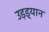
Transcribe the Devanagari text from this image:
उड़ड्यान